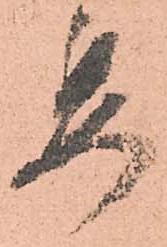
委